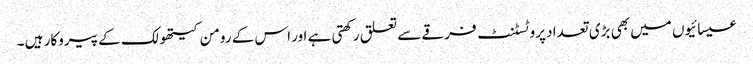
عیسائیوں میں بھی بڑی تعداد پروٹسٹنٹ فرقے سے تعلق رکھتی ہے اور اس کے رومن کیتھولک کے پیروکار ہیں ۔